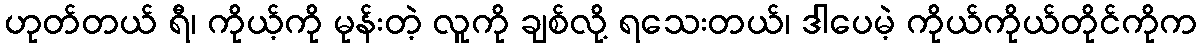
ဟုတ်တယ် ရီ၊ ကိုယ့်ကို မုန်းတဲ့ လူကို ချစ်လို့ ရသေးတယ်၊ ဒါပေမဲ့ ကိုယ်ကိုယ်တိုင်ကိုက